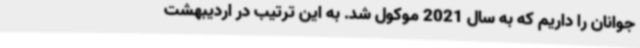
جوانان را داریم که به سال 2021 موکول شد. به این ترتیب در اردیبهشت